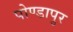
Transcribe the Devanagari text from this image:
पोण्डापुर